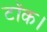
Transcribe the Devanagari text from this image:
टॉक।